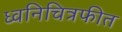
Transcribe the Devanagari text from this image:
ध्वनिचित्रफीत